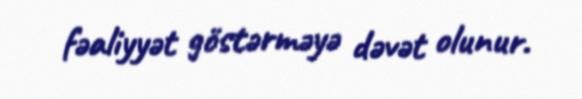
fəaliyyət göstərməyə dəvət olunur.